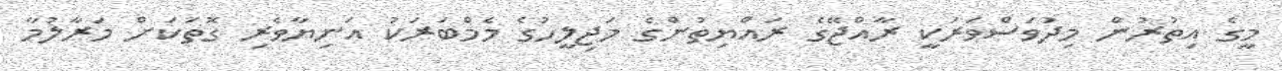
މީގެ އިތުރުން މިދުވަސްވަރަކީ ރާއްޖޭގެ ރައްޔިތުންގެ މަޖިލީހުގެ މެމްބަރަކު އަނިޔާވެރި ގޮތަކަށް މަރާލުމާ